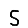
Digit: 5